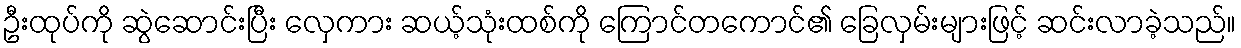
ဦးထုပ်ကို ဆွဲဆောင်းပြီး လှေကား ဆယ့်သုံးထစ်ကို ကြောင်တကောင်၏ ခြေလှမ်းများဖြင့် ဆင်းလာခဲ့သည်။